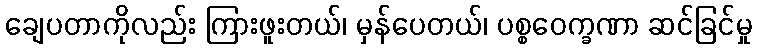
ချေပတာကိုလည်း ကြားဖူးတယ်၊ မှန်ပေတယ်၊ ပစ္စဝေက္ခဏာ ဆင်ခြင်မှု